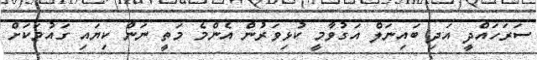
ސަރަހައްދީ އަދި ބައިނަލް އަގުވާމީ ކުޅިވަރުން އެންމެ މަތީ ނަން ކިޔައި ގައުމަކަށް